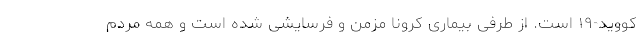
کووید-۱۹ است. از طرفی بیماری کرونا مزمن و فرسایشی شده است و همه مردم